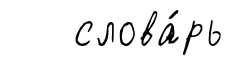
слова́рь